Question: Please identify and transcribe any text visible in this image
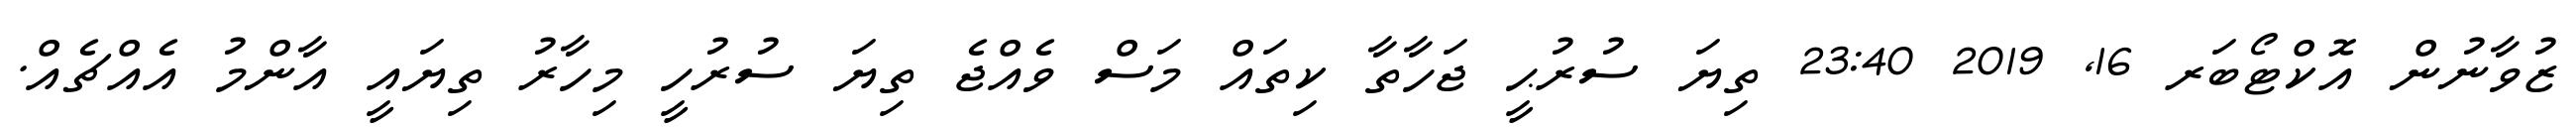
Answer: ޒުވާނުން އޮކްޓޯބަރ 16, 2019 23:40 ތިޔަ ސުރުޙީ ޖަހާތާ ކިތައް މަސް ވެއްޖެ ތިޔަ ސުރުހީ މިހާރު ތިޔައީ އާންމު އެއްޗެއް.